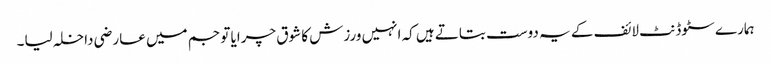
ہمارے سٹوڈنٹ لائف کے یہ دوست بتاتے ہیں کہ انہیں ورزش کا شوق چرایا تو جم میں عارضی داخلہ لیا۔